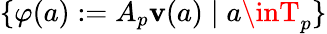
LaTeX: \{ \varphi(a):=A_{p}\mathbf{v}(a)\; |\; a\inT_{p}\}